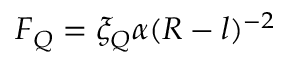
F _ { Q } = \xi _ { Q } \alpha ( R - l ) ^ { - 2 }